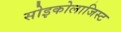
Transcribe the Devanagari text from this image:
सोइकोलाजिस्ट